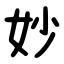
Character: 妙